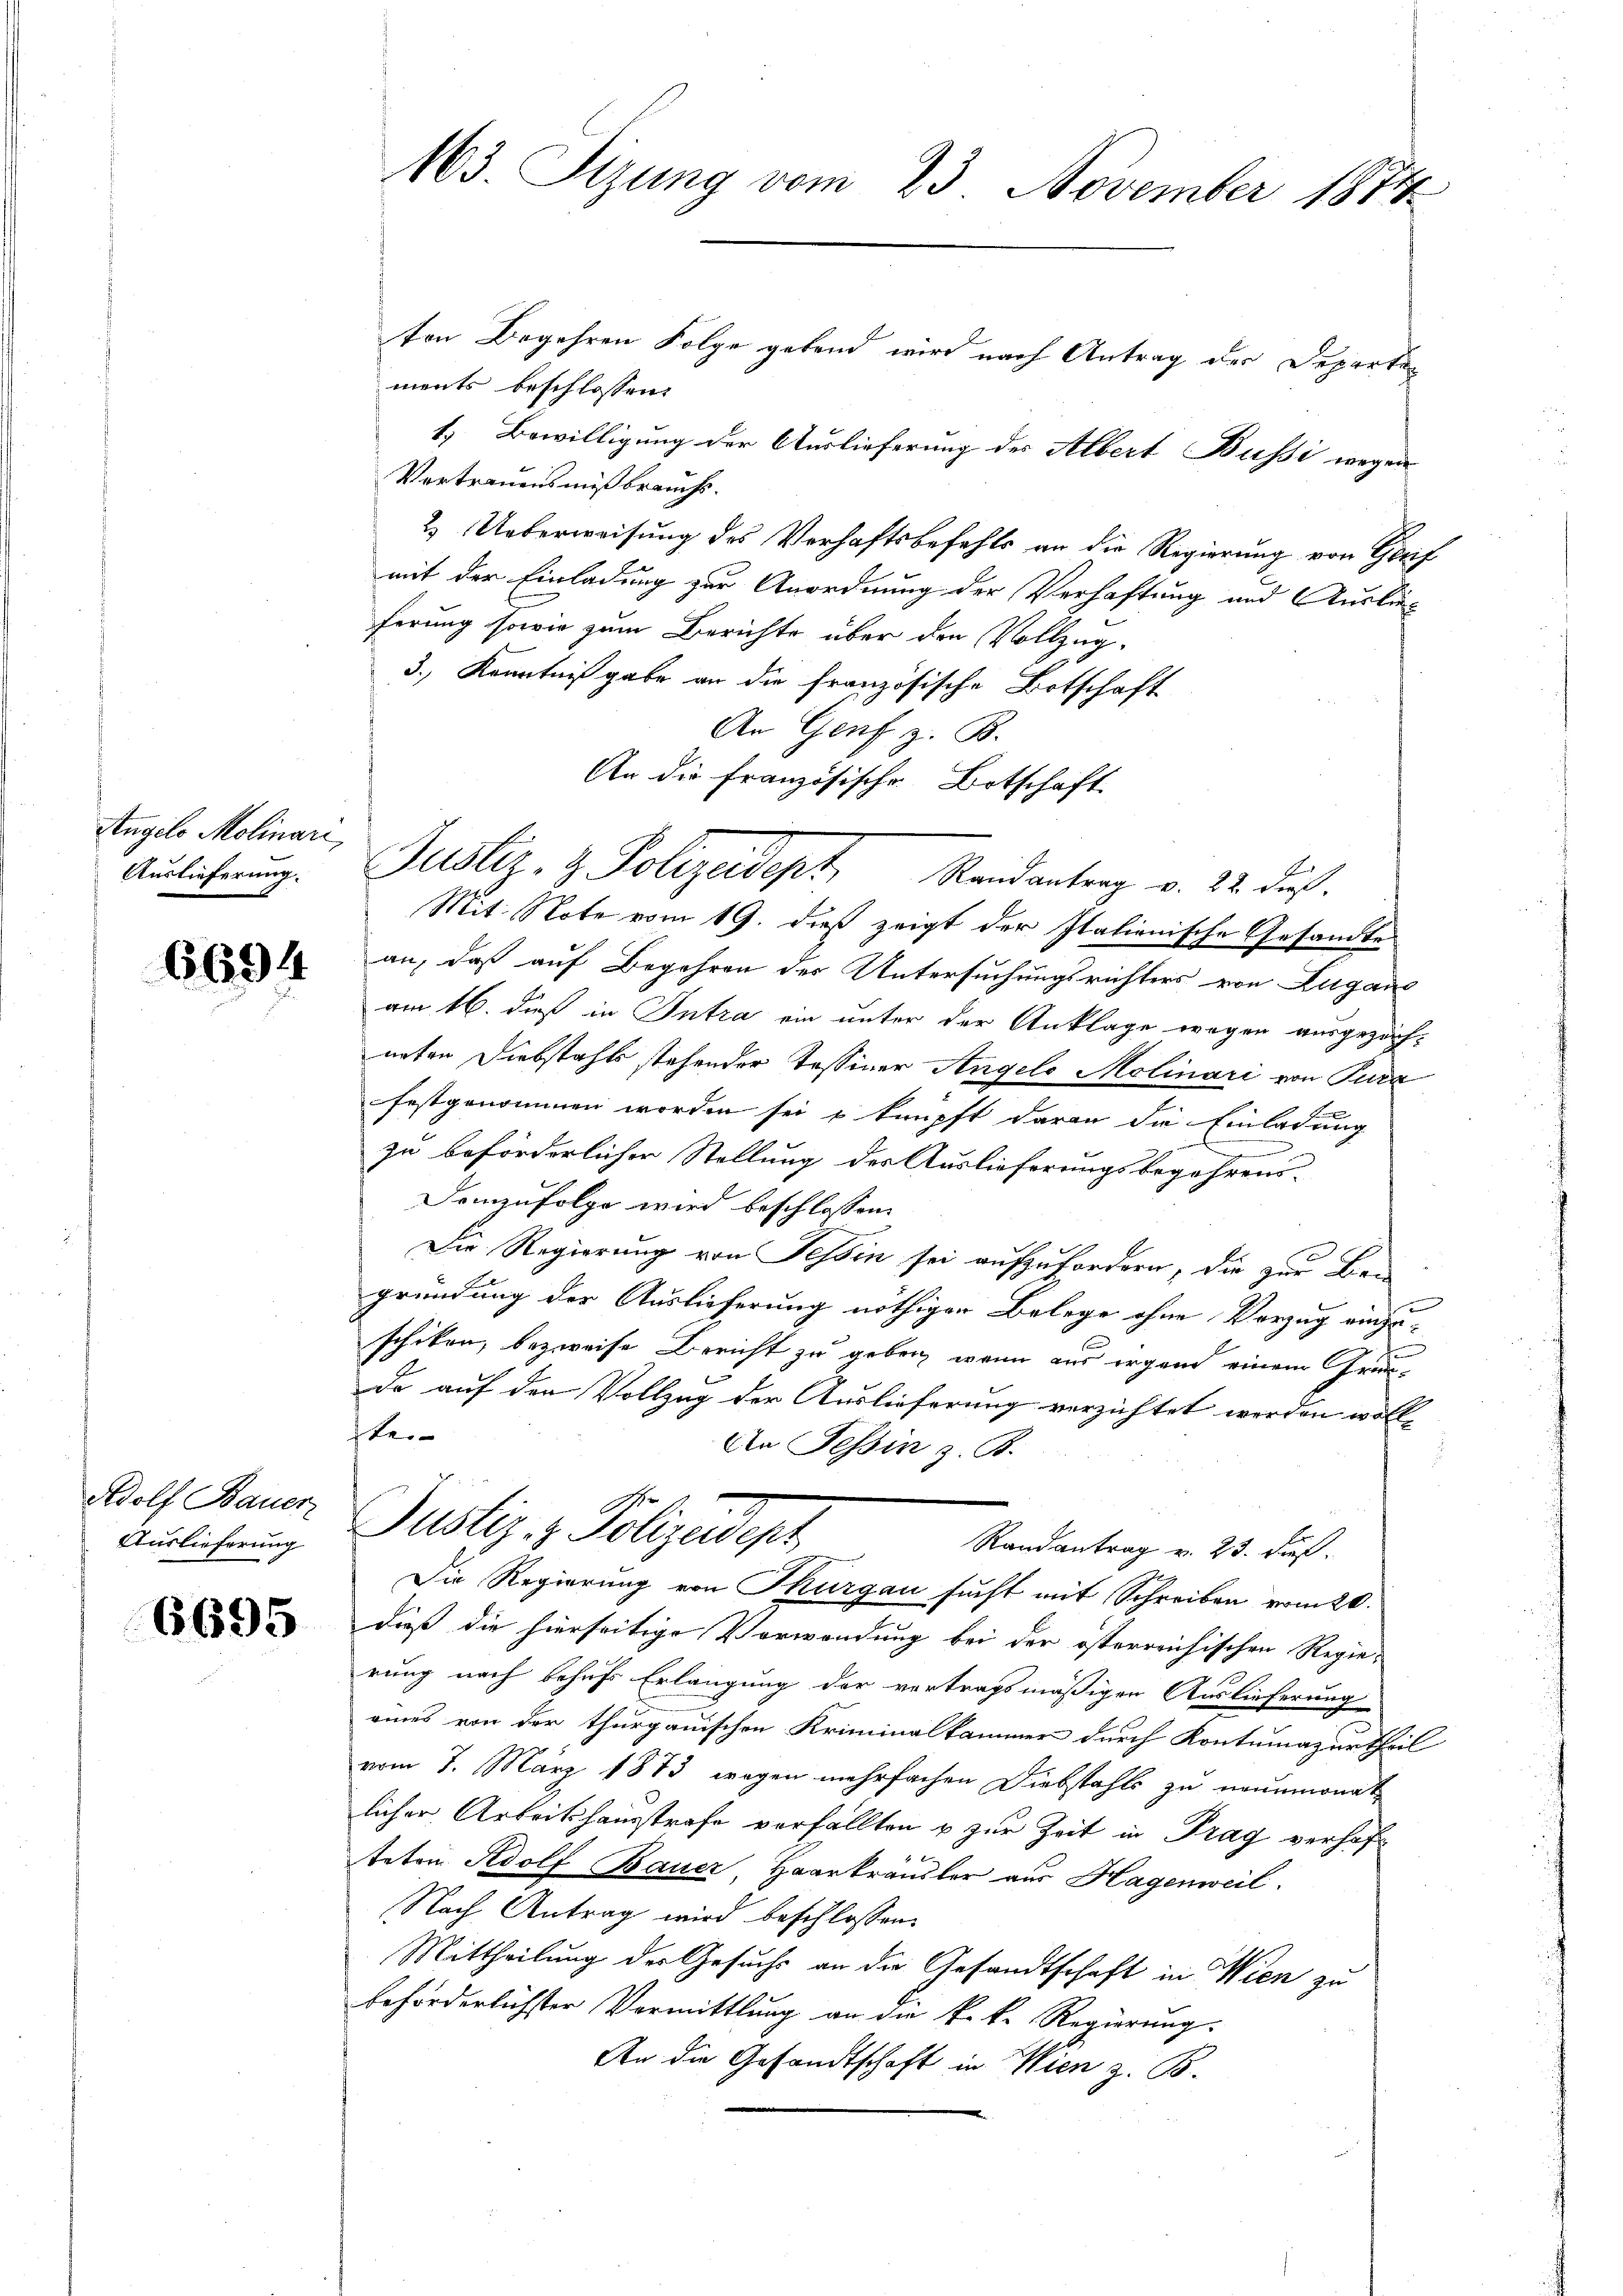
Angelo Molinari,

6694

Auslieferung

6695

ten Begehren Folge gebend wird nach Antrag der Departen
ments beschlossen:
1. Bewilligung der Auslieferung des Albert Bussi wegen
Vertrauens mißbrauchs.
2. Ueberweisung des Verhaftsbefehls an die Regierung von Gerif
mit der Einladung zur Anordnung der Verhaftung und Auslieferung sowie zum Berichte über den Vollzug.
3.) Kenntnißgabe an die französische Botschaft
An Genf z. B.
An die Französische Botschaft
Mit Note vom 19. dieß zeigt der Italienische Gesandte
an, daß auf Begehren der Untersuchungsrichters von Lugano
am 16. dieß in Intra ein unter der Anklage wegen ausgezörf-
nnten Diebstahls stehender Tessiner Angelo Molinari von Tura
festgenommen worden sei u knüpft daran die Einladung
zu beförderlicher Stellung der Auslieferungsbegehrens¬
Demzufolge wird beschlossen:
Die Regierung von Tessin sei aufzufordern, die zur Begründung der Auslieferung nöthigen Belege ohne Vorzug einzuschiken, bezweife Bericht zu geben, wenn aus irgend einem Gründe auf den Vollzug der Auslieferung verzichtet werden woll-
ste
An Tessin z. B.
Wolf Bauer Justiz- & Polizeidept
Randantrag v. 23. dieß.
Die Regierung von Thurgau sucht mit Schreiben vom 20.
dieß die hierseitige Verwendung bei der österreichischen Regierung nach behufs Erlangung der vertragsmäßigen Auslieferung
eines von der thurgauischen Kriminalkammer durch Kontumazurtheil
vom 7. März 1873 wegen mehrfachen Diebstahls zu neunmonat
licher Arbeitshausstrafe verfällten & zur Zeit in Prag verhofteten Adolf Bauer, Haarkräusler aus Hagenweil.
Nach Antrag wird beschlossen:
Mittheilung der Gesuche an die Gesandtschaft in Wien zu
beförderlichster Vermittlung an die k. k. Regierung.
An die Gesandtschaft in Wien z. B.

163. Sizung vom 23. November 1874.

Auslicherung. Justiz- & Polizeidept, Randantrag v. 22. Fuß.